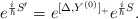
\begin{align*}e^{{i\over\hbar}S^\prime}=e^{[\Delta,Y^{(0)}]_+}e^{{i\over\hbar}S}.\end{align*}